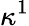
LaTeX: \kappa^{1}